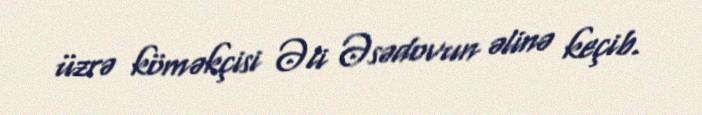
üzrə köməkçisi Əli Əsədovun əlinə keçib.